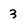
Character: 3